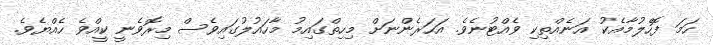
ހަމަ ފޮހެލުމާއެކު އަނެއްތިކި ވެއްޓުނެވެ. އަހަރެންނަށް މިހިތްގައިމު މާހައުލުގައިވެސް މިރޮވެނީ ކީއްވެ ހެއްޔެވެ.